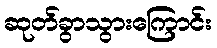
ဆုတ်ခွာသွားကြောင်း